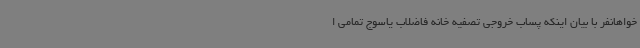
خواهانفر با بیان اینکه پساب خروجی تصفیه خانه فاضلاب یاسوج تمامی ا